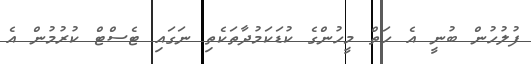
ފުލުހުން ބުނީ އެ ހަތް މީހުންގެ ކުޑަކަމުދާތަކެތި ނަގައި ޓެސްޓް ކުރުމުން އެ